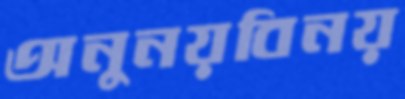
অনুনয়বিনয়